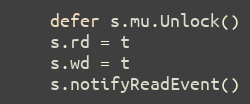
Language: Go
	defer s.mu.Unlock()
	s.rd = t
	s.wd = t
	s.notifyReadEvent()